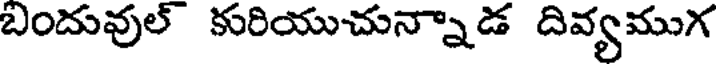
బందువుల్ కురియుచున్నాడ దివ్యముగ